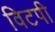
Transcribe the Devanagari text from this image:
विटपी